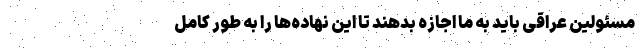
مسئولین عراقی باید به ما اجازه بدهند تا این نهاده‌ها را به طور کامل